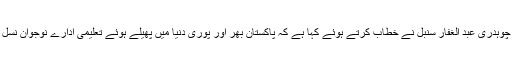
اس موقع پر صدر تحریک منہاج القرآن لودھراں چوہدری عبد الغفار سنبل نے خطاب کرتے ہوئے کہا ہے کہ پاکستان بھر اور پوری دنیا میں پھیلے ہوئے تعلیمی ادارے نوجوان نسل کی کردار ساز ی میں اہم کردار ادا کررہے ہیں۔